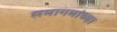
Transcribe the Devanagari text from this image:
समागमांच्या